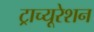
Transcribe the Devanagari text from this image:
ट्राच्यूरेशन